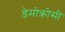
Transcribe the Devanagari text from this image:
डेमोक्रोसी